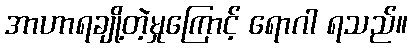
အာဟာရချို့တဲ့မှုကြောင့် ရောဂါ ရသည်။